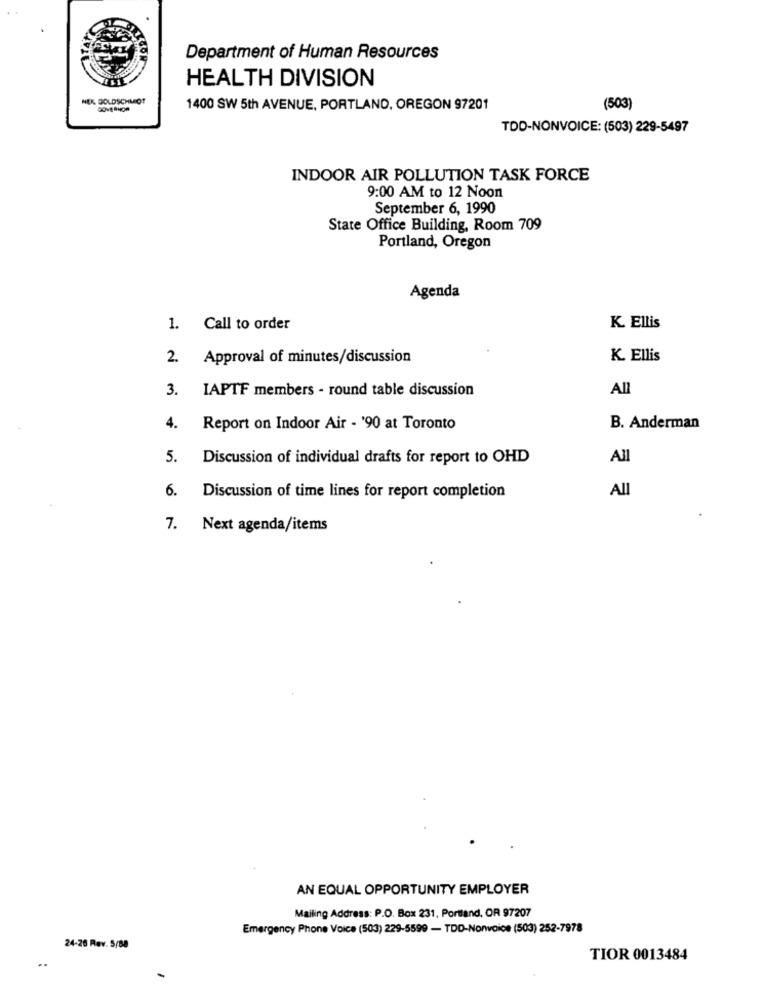
Department of Human Resources
HEALTH DIVISION
NEK BOLDSCHMOT
1400 SW 5th AVENUE, PORTLAND, OREGON 97201
(503)
TDD-NONVOICE: (503) 229-5497
INDOOR AIR POLLUTION TASK FORCE
9:00 AM to 12 Noon
September 6, 1990
State Office Building, Room 709
Portland, Oregon
Agenda
1. Call to order
K. Ellis
2. Approval of minutes/discussion
K. Ellis
3. LAPTF members - round table discussion
All
4.
Report on Indoor Air - '90 at Toronto
B. Anderman
5. Discussion of individual drafts for report to OHD
All
6.
All
Discussion of time lines for report completion
7. Next agenda/items
AN EQUAL OPPORTUNITY EMPLOYER
Mailing Address: P.O. Box 231, Portland, OR 97207
Emergency Phone Voice (503) 229-5599 - TDD-Nonvoice (503) 252-7978
24-26 Rev. 5/88
..
TIOR 0013484